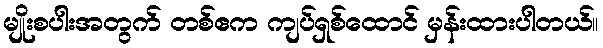
မျိုးစပါးအတွက် တစ်ဧက ကျပ်ရှစ်ထောင် မှန်းထားပါတယ်။